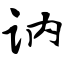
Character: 讷